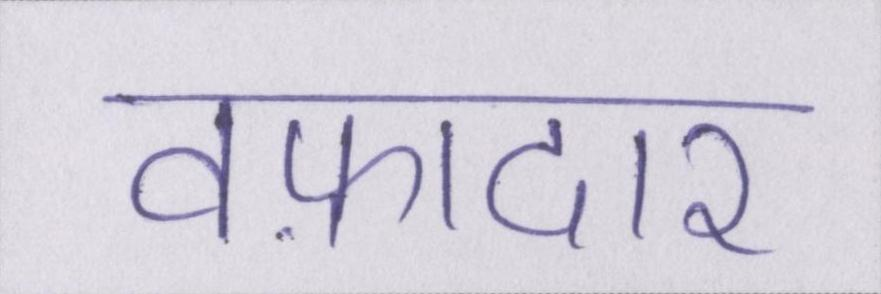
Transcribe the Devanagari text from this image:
वफ़ादार